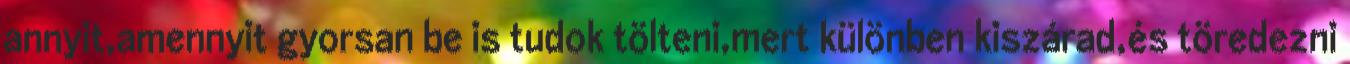
annyit,amennyit gyorsan be is tudok tölteni,mert különben kiszárad,és töredezni